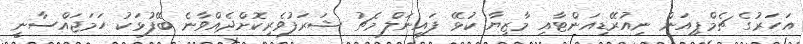
އަހަރުގެ ޗެމްޕިއަން ނިއުރޭޑިއަންޓާއި މާޒިޔާ ކުޅޭ ފައިނަލް މެޗު ޝަރަފުވެރިކޮށްދެއްވާނެ ބޭފުޅަކު ހަމަޖައްސާނީ